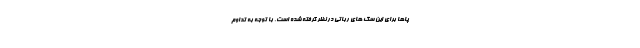
پاها برای این سگ های رباتی در نظر گرفته شده است. با توجه به تداوم